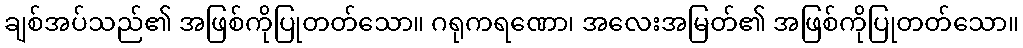
ချစ်အပ်သည်၏ အဖြစ်ကိုပြုတတ်သော။ ဂရုကရဏော၊ အလေးအမြတ်၏ အဖြစ်ကိုပြုတတ်သော။